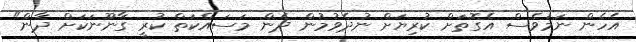
އެހެން ނަމަވެސް އެގޮތަށް ކުރިޔަށް ނުދެވުމުން ދެން މަސައްކަތް ކުރީ ގާނޫނަކަށް ދާން"